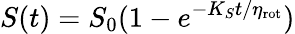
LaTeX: S(t)=S_{0}(1-e^{-K_{S}t/\eta_{\mathrm{rot}}})